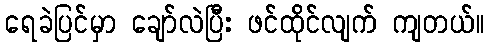
ရေခဲပြင်မှာ ချော်လဲပြီး ဖင်ထိုင်လျက် ကျတယ်။